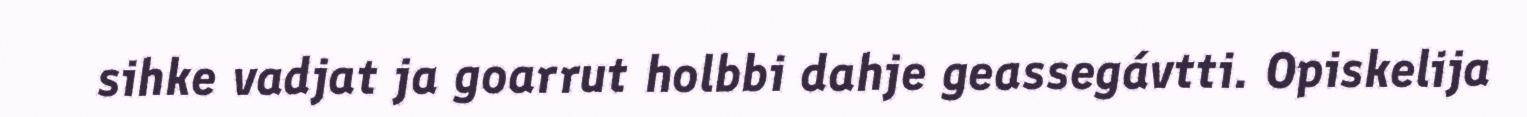
sihke vadjat ja goarrut holbbi dahje geassegávtti. Opiskelija